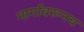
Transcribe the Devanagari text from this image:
मार्गावरूनच